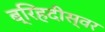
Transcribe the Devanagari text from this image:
ब्रिहदीस्वर